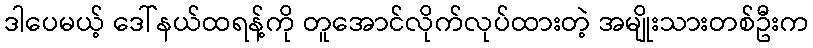
ဒါပေမယ့် ဒေါ်နယ်ထရန့်ကို တူအောင်လိုက်လုပ်ထားတဲ့ အမျိုးသားတစ်ဦးက